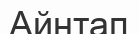
Айнтап